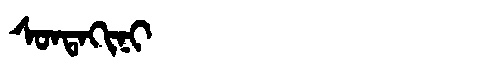
Manchu: ᠰᠣᠨᡨᠠᡴᡳᠨᡳ
Romanization: SONTAKINI